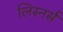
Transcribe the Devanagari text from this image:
लिस्नर्स